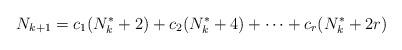
LaTeX: \begin{align*}N_{k+1}=c_1(N_k^*+2)+c_2(N_k^*+4)+\cdots+c_r(N_k^*+2r)\end{align*}